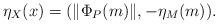
LaTeX: \begin{align*}\eta_{X}(x)=(\|\Phi_{P}(m)\|,-\eta_{M}(m)).\end{align*}